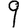
Digit: 9